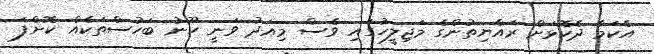
އެކަމާ ދެކޮޅަށް ރައްޔިތުންގެ މަޖިލީހުގައި ވެސް މިއަދު ވަނީ ހޫނު ބަހުސްތަކެއް ކޮށްފަ